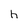
Character: h